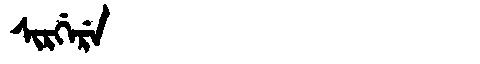
Manchu: ᠰᡳᡵᡤᡝᡵᡝ
Romanization: SIRGERE